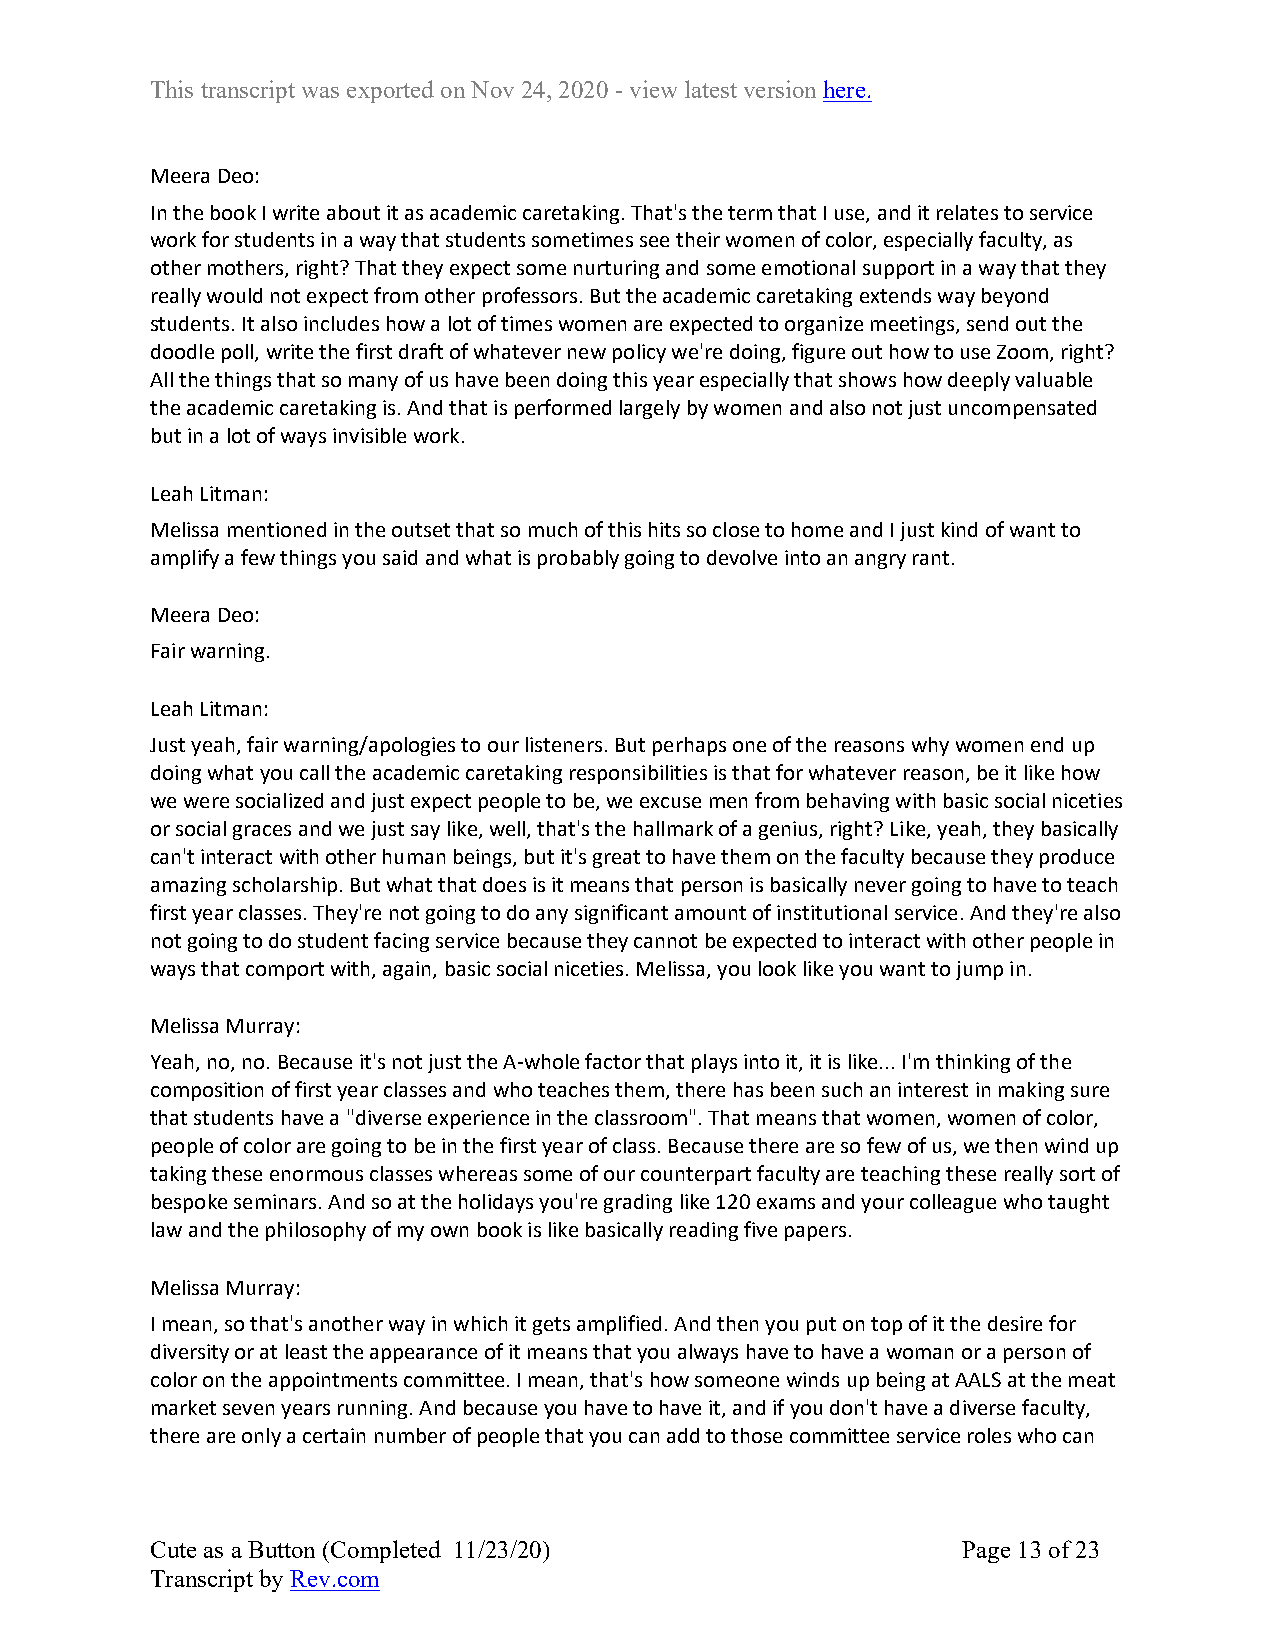
This transcript was exported on Nov 24, 2020 - view latest version here.
 Meera Deo:
 In the book I write about it as academic caretaking. That's the term that I use, and it relates to service
 work for students in a way that students sometimes see their women of color, especially faculty, as
 other mothers, right? That they expect some nurturing and some emotional support in a way that they
 really would not expect from other professors. But the academic caretaking extends way beyond
 students. It also includes how a lot of times women are expected to organize meetings, send out the
 doodle poll, write the first draft of whatever new policy we're doing, figure out how to use Zoom, right?
 All the things that so many of us have been doing this year especially that shows how deeply valuable
 the academic caretaking is. And that is performed largely by women and also not just uncompensated
 but in a lot of ways invisible work.
 Leah Litman:
 Melissa mentioned in the outset that so much of this hits so close to home and I just kind of want to
 amplify a few things you said and what is probably going to devolve into an angry rant.
 Meera Deo:
 Fair warning.
 Leah Litman:
 Just yeah, fair warning/apologies to our listeners. But perhaps one of the reasons why women end up
 doing what you call the academic caretaking responsibilities is that for whatever reason, be it like how
 we were socialized and just expect people to be, we excuse men from behaving with basic social niceties
 or social graces and we just say like, well, that's the hallmark of a genius, right? Like, yeah, they basically
 can't interact with other human beings, but it's great to have them on the faculty because they produce
 amazing scholarship. But what that does is it means that person is basically never going to have to teach
 first year classes. They're not going to do any significant amount of institutional service. And they're also
 not going to do student facing service because they cannot be expected to interact with other people in
 ways that comport with, again, basic social niceties. Melissa, you look like you want to jump in.
 Melissa Murray:
 Yeah, no, no. Because it's not just the A-whole factor that plays into it, it is like... I'm thinking of the
 composition of first year classes and who teaches them, there has been such an interest in making sure
 that students have a "diverse experience in the classroom". That means that women, women of color,
 people of color are going to be in the first year of class. Because there are so few of us, we then wind up
 taking these enormous classes whereas some of our counterpart faculty are teaching these really sort of
 bespoke seminars. And so at the holidays you're grading like 120 exams and your colleague who taught
 law and the philosophy of my own book is like basically reading five papers.
 Melissa Murray:
 I mean, so that's another way in which it gets amplified. And then you put on top of it the desire for
 diversity or at least the appearance of it means that you always have to have a woman or a person of
 color on the appointments committee. I mean, that's how someone winds up being at AALS at the meat
 market seven years running. And because you have to have it, and if you don't have a diverse faculty,
 there are only a certain number of people that you can add to those committee service roles who can
 Cute as a Button (Completed 11/23/20)                 Page 13 of 23
 Transcript by Rev.com